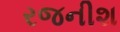
રજનીશ